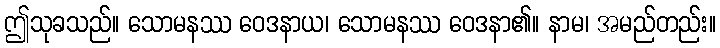
ဤသုခသည်။ သောမနဿ ဝေဒနာယ၊ သောမနဿ ဝေဒနာ၏။ နာမ၊ အမည်တည်း။